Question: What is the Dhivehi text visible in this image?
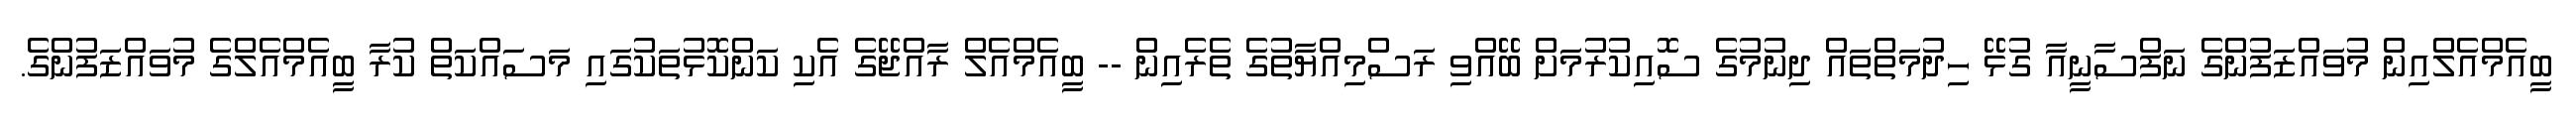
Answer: ބީއެމްއެލްއިން މުވައްޒަފުންގެ ނަފްސާނީއާ ގުޅޭ ހިދުމަތްތައް ދިނުމުގެ ސޮއިކުރުމަށް ބޭއްވި ރަސްމިއްޔާތުގެ ތެރެއިން -- ބީއެމްއެލް ރާއްޖޭގެ އެކި ކަންކޮޅުތަކުގައި މަސައްކަތް ކުރާ ބީއެމްއެލްގެ މުވައްޒަފުންގެ.